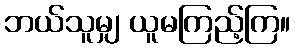
ဘယ်သူမျှ ယူမကြည့်ကြ။